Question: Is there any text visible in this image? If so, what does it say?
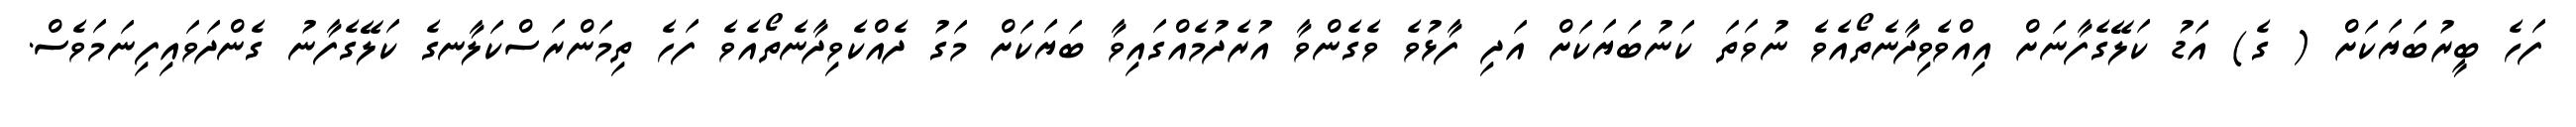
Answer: ފަހެ ބީރުބަޔަކަށް ( ގެ) އަޑު ކަލޭގެފާނަށް އިއްވެވިދާނެތޯއެވެ ނުވަތަ ކަނުބަޔަކަށް އަދި ފާޅުވެ ވެގެންވާ އުރެދުމެއްގައިވާ ބަޔަކަށް މަގު ދެއްކެވިދާނެތޯއެވެ ފަހެ ތިމަންރަސްކަލާނގެ ކަލޭގެފާނު ގެންދަވައިފިނަމަވެސް.